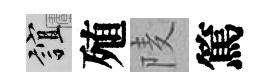
誼殖𨹧篤